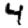
Digit: 4